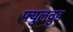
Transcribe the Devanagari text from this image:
फ्युलवुड